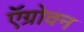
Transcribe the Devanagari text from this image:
ऍग्रोवन